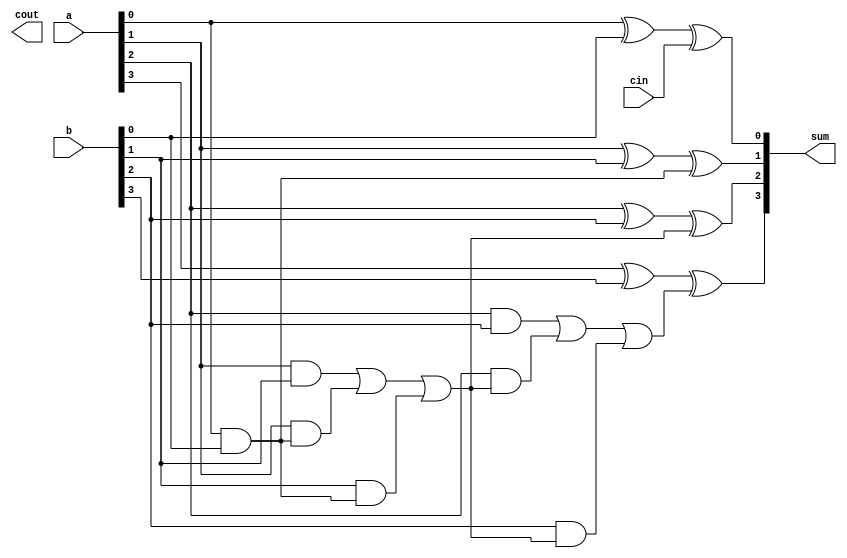
module four_bit_adder(
    input [3:0] a,
    input [3:0] b,
    input cin,
    output [3:0] sum,
    output cout
);

reg [2:0] c;
reg [3:0] s;

// Full Adder block
always @(*) begin
    c[0] = a[0] & b[0];
    s[0] = a[0] ^ b[0] ^ cin;

    c[1] = (a[1] & b[1]) | (a[1] & c[0]) | (b[1] & c[0]);
    s[1] = a[1] ^ b[1] ^ c[0];

    c[2] = (a[2] & b[2]) | (a[2] & c[1]) | (b[2] & c[1]);
    s[2] = a[2] ^ b[2] ^ c[1];

    c[3] = (a[3] & b[3]) | (a[3] & c[2]) | (b[3] & c[2]);
    s[3] = a[3] ^ b[3] ^ c[2];
end

assign sum = s;
assign cout = c[3];

endmodule